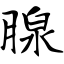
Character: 腺